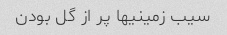
سیب زمینیها پر از گل بودن